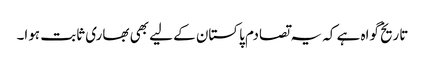
تاریخ گواہ ہے کہ یہ تصادم پاکستان کے لیے بھی بھاری ثابت ہوا۔